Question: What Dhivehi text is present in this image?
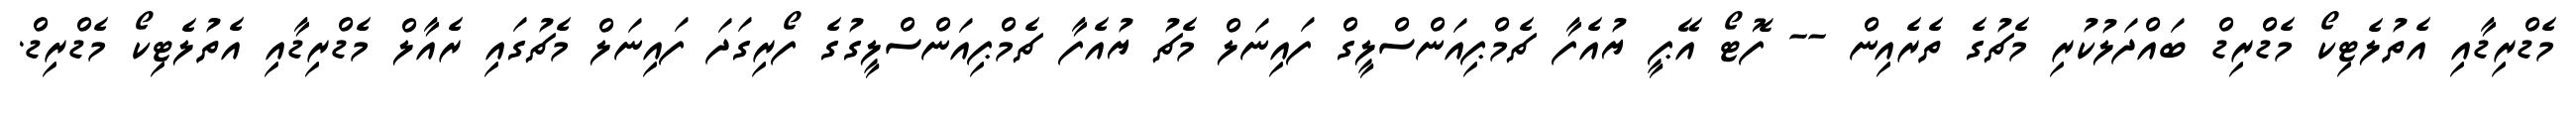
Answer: މެޑްރިޑާއި އެތުލެޓިކޯ މެޑްރިޑް ބައްދަލުކުރި މެޗުގެ ތެރެއިން -- ފޮޓޯ އޭޕީ ޔުއެފާ ޗެމްޕިއަންސްލީގް ފައިނަލް މެޗު ޔުއެފާ ޗެމްޕިއަންސްލީގުގެ ފޯރިގަދަ ފައިނަލް މެޗުގައި ރެއާލް މެޑްރިޑާއި އެތުލެޓިކޯ މެޑްރިޑް.